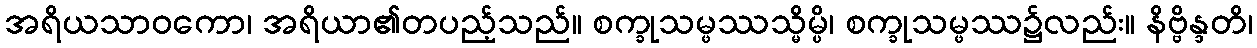
အရိယသာဝကော၊ အရိယာ၏တပည့်သည်။ စက္ခုသမ္ဖဿသ္မိမ္ပိ၊ စက္ခုသမ္ဖဿ၌လည်း။ နိဗ္ဗိန္ဒတိ၊